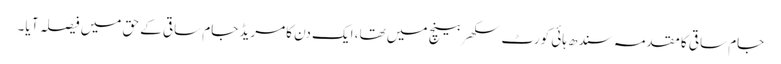
جام ساقی کا مقدمہ سندھ ہائی کورٹ سکھر بینچ میں تھا، ایک دن کامریڈ جام ساقی کے حق میں فیصلہ آ یا۔